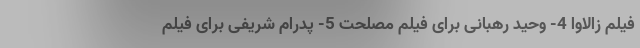
فیلم زالاوا 4- وحید رهبانی برای فیلم مصلحت 5- پدرام شریفی برای فیلم